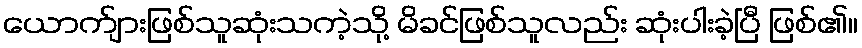
ယောက်ျားဖြစ်သူဆုံးသကဲ့သို့ မိခင်ဖြစ်သူလည်း ဆုံးပါးခဲ့ပြီ ဖြစ်၏။